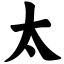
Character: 太